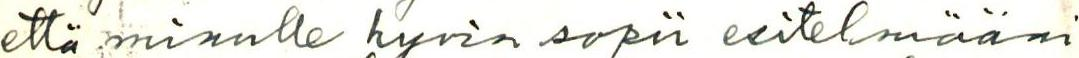
että minulle hyvin sopii esitelmääni